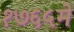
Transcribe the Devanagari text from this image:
१७६५मे